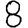
Digit: 8